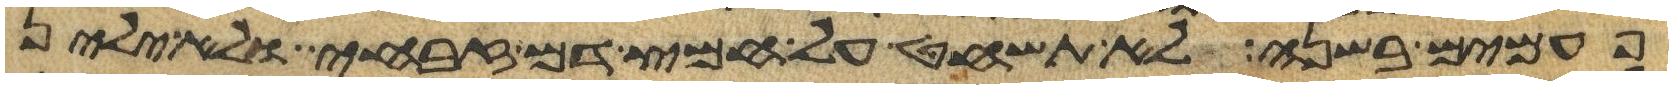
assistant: פעמים בשנה לא תשחט על חמץ דם זבחי ולא ילין